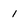
Character: 1